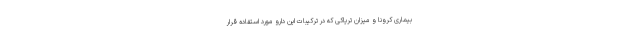
بیماری کرونا و میزان تریاکی که در ترکیبات این دارو مورد استفاده قرار